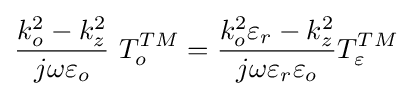
{\frac {k_{o}^{2}-k_{z}^{2}}{j\omega \varepsilon _{o}}}\ T_{o}^{TM}={\frac {k_{o}^{2}\varepsilon _{r}-k_{z}^{2}}{j\omega \varepsilon _{r}\varepsilon _{o}}}T_{\varepsilon }^{TM}